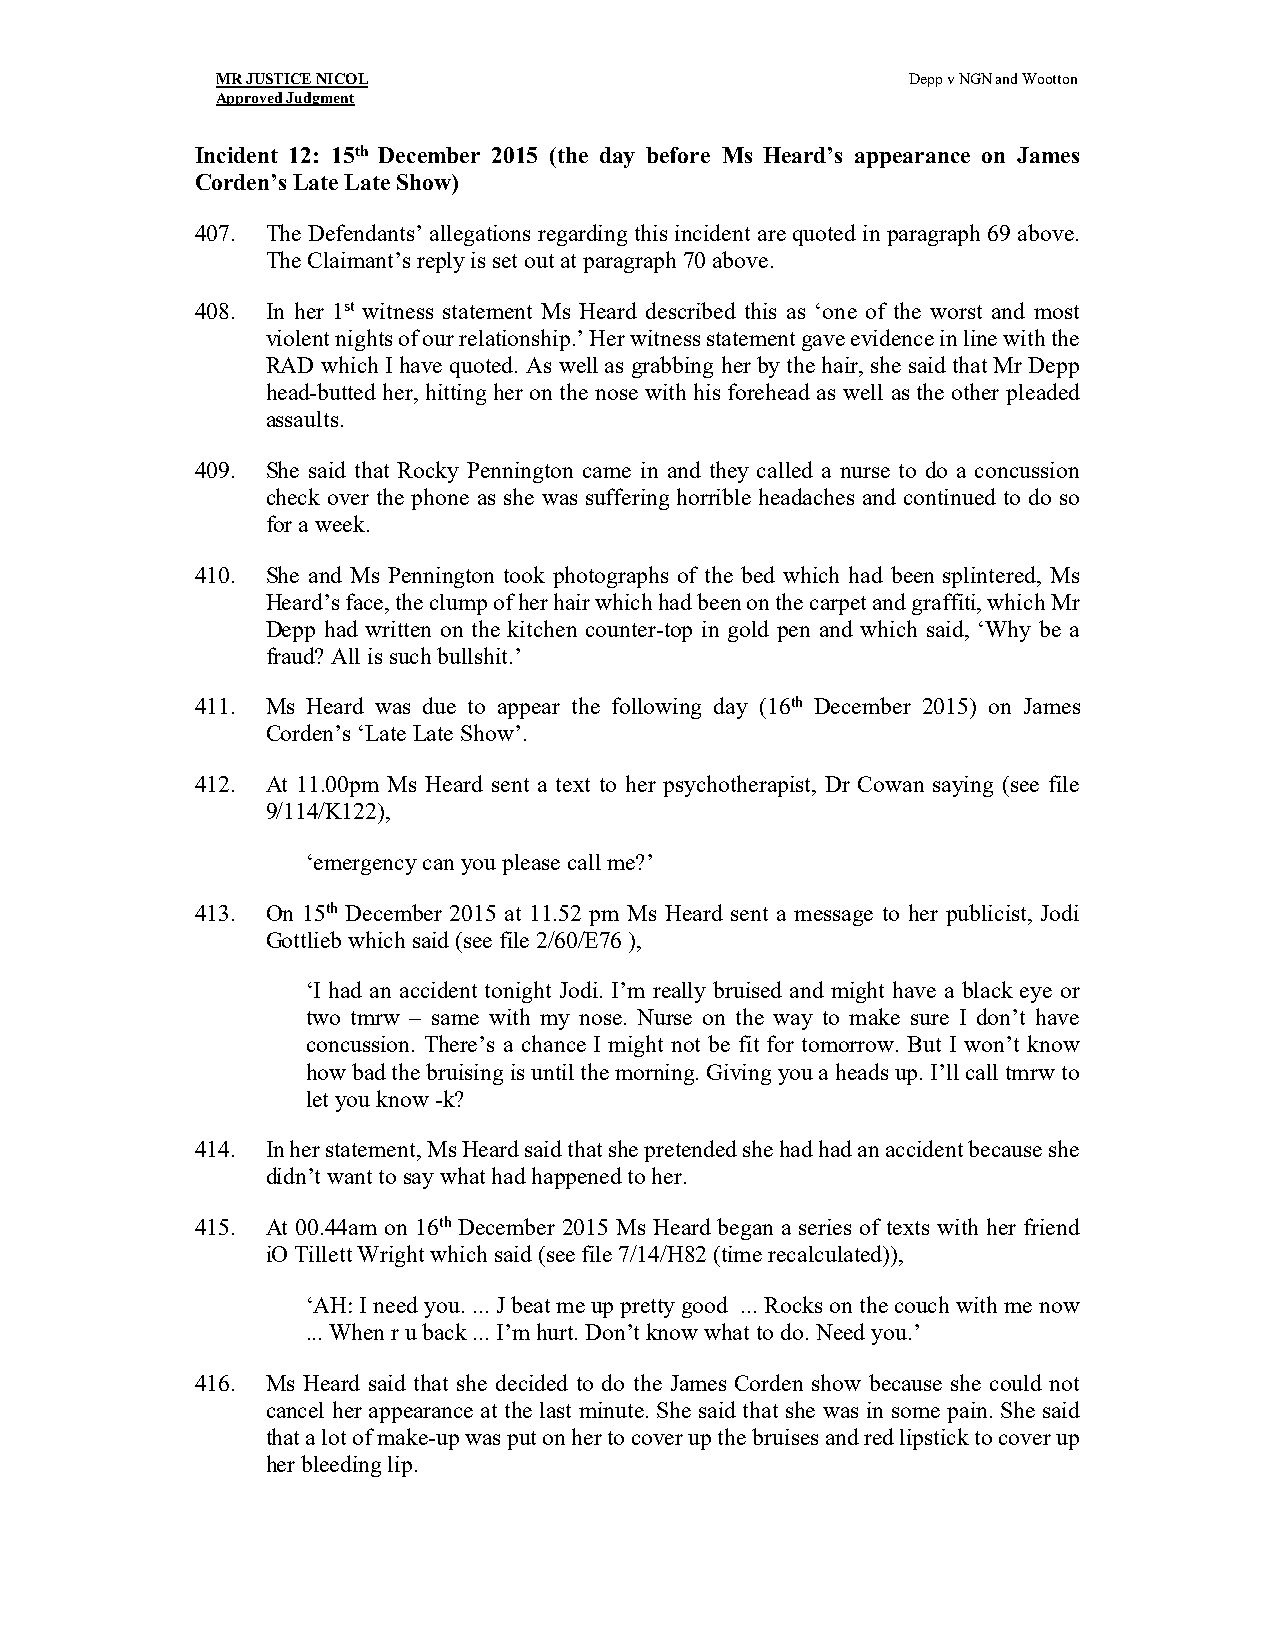
MR JUSTICE NICOL                              Depp v NGN and Wootton
 Approved Judgment
 Incident 12: 15th December 2015 (the day before Ms Heard’s appearance on James
 Corden’s Late Late Show)
 407. The Defendants’ allegations regarding this incident are quoted in paragraph 69 above.
 The Claimant’s reply is set out at paragraph 70 above.
 408. In her 1st witness statement Ms Heard described this as ‘one of the worst and most
 violent nights of our relationship.’ Her witness statement gave evidence in line with the
 RAD which I have quoted. As well as grabbing her by the hair, she said that Mr Depp
 head-butted her, hitting her on the nose with his forehead as well as the other pleaded
 assaults.
 409. She said that Rocky Pennington came in and they called a nurse to do a concussion
 check over the phone as she was suffering horrible headaches and continued to do so
 for a week.
 410. She and Ms Pennington took photographs of the bed which had been splintered, Ms
 Heard’s face, the clump of her hair which had been on the carpet and graffiti, which Mr
 Depp had written on the kitchen counter-top in gold pen and which said, ‘Why be a
 fraud? All is such bullshit.’
 411. Ms Heard was due to appear the following day (16th December 2015) on James
 Corden’s ‘Late Late Show’.
 412. At 11.00pm Ms Heard sent a text to her psychotherapist, Dr Cowan saying (see file
 9/114/K122),
 ‘emergency can you please call me?’
 413. On 15th December 2015 at 11.52 pm Ms Heard sent a message to her publicist, Jodi
 Gottlieb which said (see file 2/60/E76 ),
 ‘I had an accident tonight Jodi. I’m really bruised and might have a black eye or
 two tmrw – same with my nose. Nurse on the way to make sure I don’t have
 concussion. There’s a chance I might not be fit for tomorrow. But I won’t know
 how bad the bruising is until the morning. Giving you a heads up. I’ll call tmrw to
 let you know -k?
 414. In her statement, Ms Heard said that she pretended she had had an accident because she
 didn’t want to say what had happened to her.
 415. At 00.44am on 16th December 2015 Ms Heard began a series of texts with her friend
 iO Tillett Wright which said (see file 7/14/H82 (time recalculated)),
 ‘AH: I need you. ... J beat me up pretty good ... Rocks on the couch with me now
 ... When r u back ... I’m hurt. Don’t know what to do. Need you.’
 416. Ms Heard said that she decided to do the James Corden show because she could not
 cancel her appearance at the last minute. She said that she was in some pain. She said
 that a lot of make-up was put on her to cover up the bruises and red lipstick to cover up
 her bleeding lip.